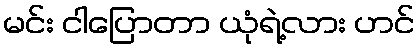
မင်း ငါပြောတာ ယုံရဲ့လား ဟင်